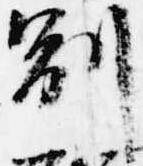
副